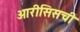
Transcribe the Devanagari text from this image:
ओरीसिसची